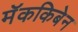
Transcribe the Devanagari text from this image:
मॅककिबेन